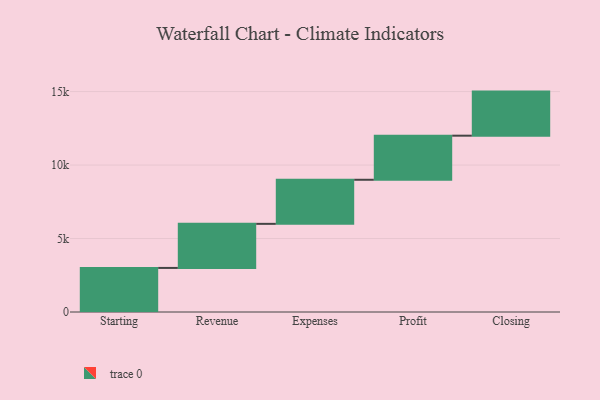
{"axis": {"x": "Step", "y": "Value"}, "legend": [""], "data": [{"x": "Starting", "y": 2999.0, "type": ""}, {"x": "Revenue", "y": 3000, "type": ""}, {"x": "Expenses", "y": 3000, "type": ""}, {"x": "Profit", "y": 3000, "type": ""}, {"x": "Closing", "y": 3000, "type": ""}]}